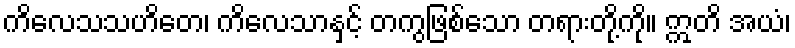
ကိလေသသဟိတေ၊ ကိလေသာနှင့် တကွဖြစ်သော တရားတို့ကို။ ဣတိ အယံ၊